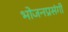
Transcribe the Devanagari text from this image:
भोजनप्रसंगी